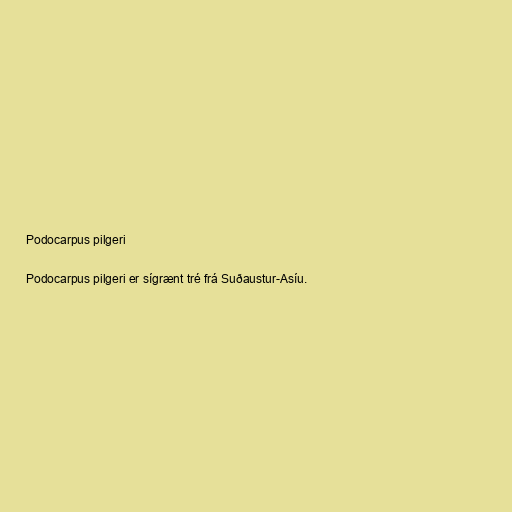
Podocarpus pilgeri

Podocarpus pilgeri er sígrænt tré frá Suðaustur-Asíu.